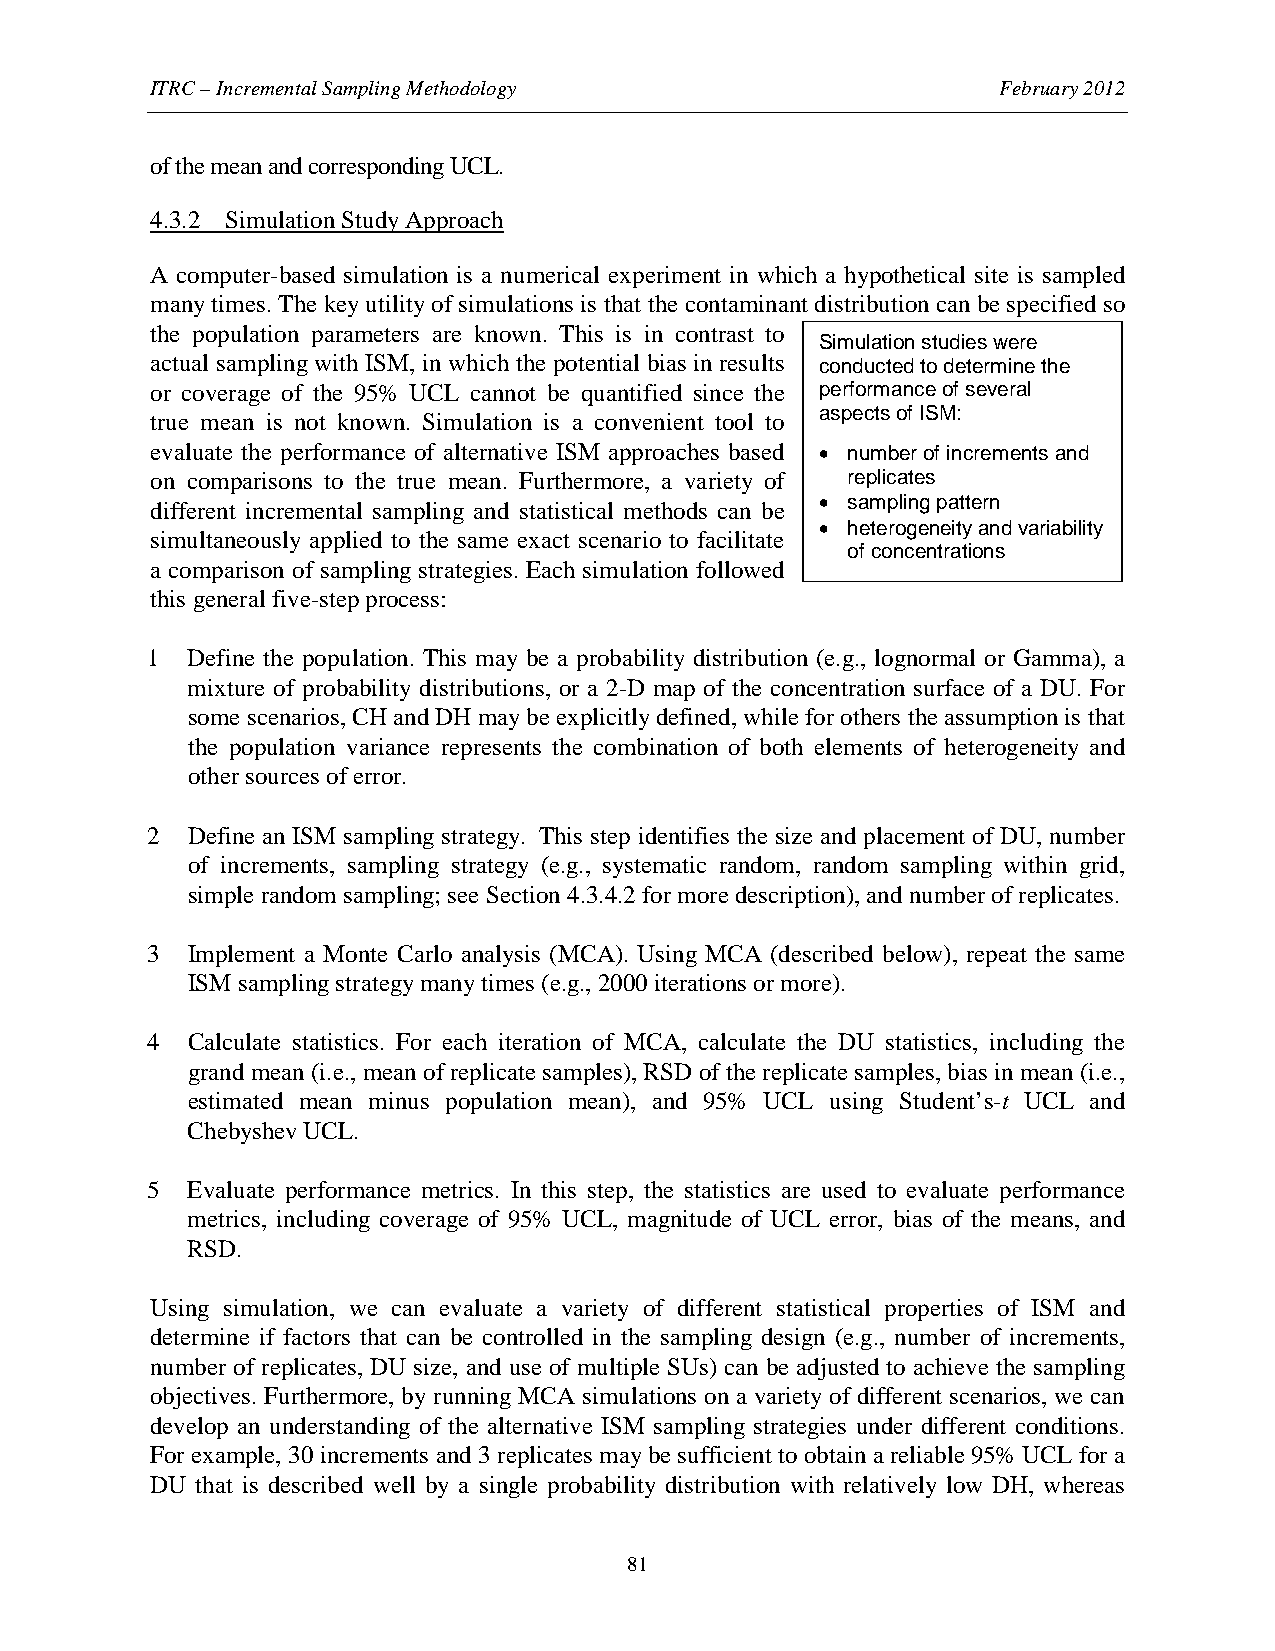
ITRC – Incremental Sampling Methodology                 February 2012
 of the mean and corresponding UCL.
 4.3.2 Simulation Study Approach
 A computer-based simulation is a numerical experiment in which a hypothetical site is sampled
 many times. The key utility of simulations is that the contaminant distribution can be specified so
 the population parameters are known. This is in contrast to
 Simulation studies were
 actual sampling with ISM, in which the potential bias in results conducted to determine the
 or coverage of the 95% UCL cannot be quantified since the performance of several
 aspects of ISM:
 true mean is not known. Simulation is a convenient tool to
 evaluate the performance of alternative ISM approaches based • number of increments and
 on comparisons to the true mean. Furthermore, a variety of replicates
 different incremental sampling and statistical methods can be • sampling pattern
 • heterogeneity and variability
 simultaneously applied to the same exact scenario to facilitate
 of concentrations
 a comparison of sampling strategies. Each simulation followed
 this general five-step process:
 1 Define the population. This may be a probability distribution (e.g., lognormal or Gamma), a
 mixture of probability distributions, or a 2-D map of the concentration surface of a DU. For
 some scenarios, CH and DH may be explicitly defined, while for others the assumption is that
 the population variance represents the combination of both elements of heterogeneity and
 other sources of error.
 2 Define an ISM sampling strategy. This step identifies the size and placement of DU, number
 of increments, sampling strategy (e.g., systematic random, random sampling within grid,
 simple random sampling; see Section 4.3.4.2 for more description), and number of replicates.
 3 Implement a Monte Carlo analysis (MCA). Using MCA (described below), repeat the same
 ISM sampling strategy many times (e.g., 2000 iterations or more).
 4 Calculate statistics. For each iteration of MCA, calculate the DU statistics, including the
 grand mean (i.e., mean of replicate samples), RSD of the replicate samples, bias in mean (i.e.,
 estimated mean minus population mean), and 95% UCL using Student’s-t UCL and
 Chebyshev UCL.
 5 Evaluate performance metrics. In this step, the statistics are used to evaluate performance
 metrics, including coverage of 95% UCL, magnitude of UCL error, bias of the means, and
 RSD.
 Using simulation, we can evaluate a variety of different statistical properties of ISM and
 determine if factors that can be controlled in the sampling design (e.g., number of increments,
 number of replicates, DU size, and use of multiple SUs) can be adjusted to achieve the sampling
 objectives. Furthermore, by running MCA simulations on a variety of different scenarios, we can
 develop an understanding of the alternative ISM sampling strategies under different conditions.
 For example, 30 increments and 3 replicates may be sufficient to obtain a reliable 95% UCL for a
 DU that is described well by a single probability distribution with relatively low DH, whereas
 81